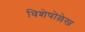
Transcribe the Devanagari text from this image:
विशेषोल्लेख